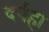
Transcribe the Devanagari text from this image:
दर्पहा